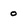
Character: o